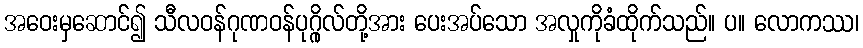
အဝေးမှဆောင်၍ သီလဝန်ဂုဏဝန်ပုဂ္ဂိုလ်တို့အား ပေးအပ်သော အလှုကိုခံထိုက်သည်။ ပ။ လောကဿ၊